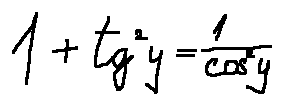
1 + t g ^ { 2 } y = \frac { 1 } { \cos ^ { 2 } y }